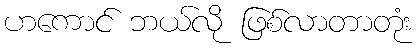
ဟကောင် ဘယ်လို ဖြစ်လာတာတုံး